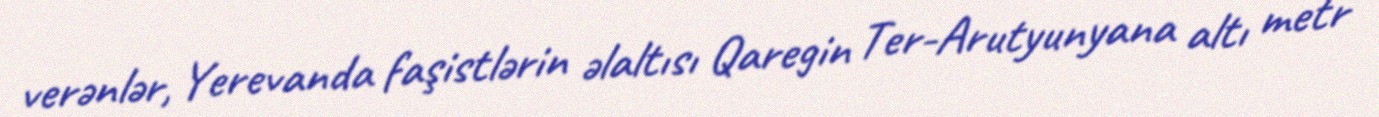
verənlər, Yerevanda faşistlərin əlaltısı Qaregin Ter-Arutyunyana altı metr